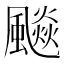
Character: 飈